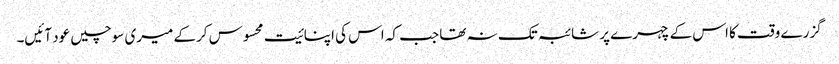
گزرے وقت کا اس کے چہرے پر شائبہ تک نہ تھا جب کہ اس کی اپنائیت محسوس کرکے میری سوچیں عود آئیں۔